Report of an investigation into the causes of the diseases known in Assam as Kála-Azár and Beri-Beri
Disease focus: Beri-Beri
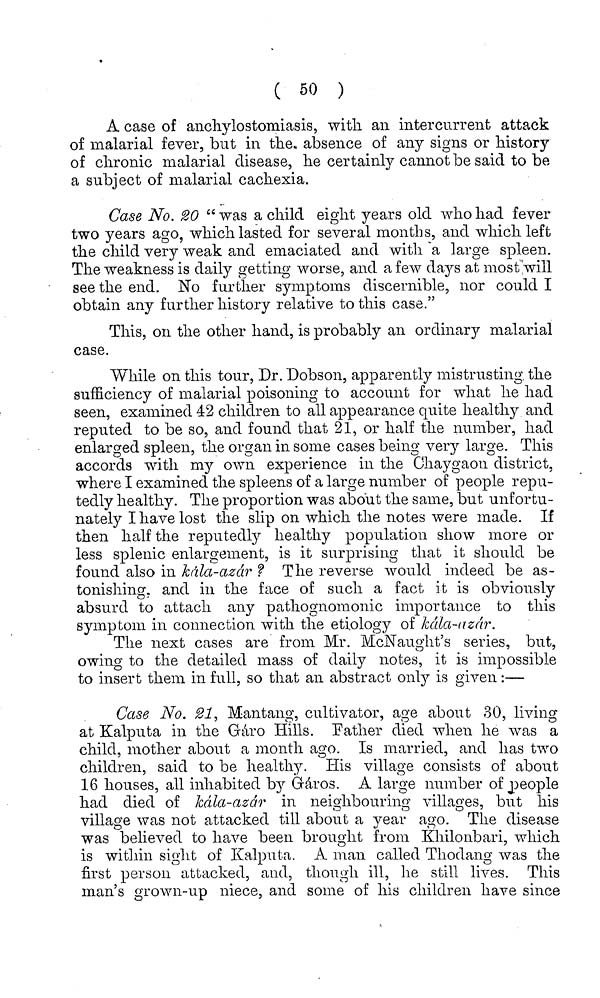
( 50 )
A case of anchylostomiasis, with an intercurrent attack
of malarial fever, but in the. absence of any signs or history
of chronic malarial disease, he certainly cannot be said to be
a subject of malarial cachexia.
Case No. 20 " was a child eight years old who had fever
two years ago, which lasted for several months, and which left
the child very weak and emaciated and with a large spleen.
The weakness is daily getting worse, and a few days at most will
see the end. No further symptoms discernible, nor could I
obtain any further history relative to this case."
This, on the other hand, is probably an ordinäry malarial
case.
While on this tour, Dr. Dobson, apparently mistrusting the
sufficiency of malarial poisoning to account for what he had
seen, examined 42 children to all appearance quite healthy and
reputed to be so, and found that 21, or half the number, had
enlarged spleen, the organ in some cases being very large. This
accords with my own. experience in the Chaygaon district,
where I examined the spleens of a large number of people repu-
tedly healthy. The proportion was about the same, but unfortu-
nately I have lost the slip on which the notes were made. If
then half the reputedly healthy population show more or
less splenic enlargement, is it surprising that it should be
found also in kála-azár ? The reverse would indeed be as-
tonishing, and in the face of such a fact it is obviously
absurd to attach any pathognomonic importance to this
symptom in connection with the etiology of kála-azár.
The next cases are from Mr. McNaught's series, but,
owing to the detailed mass of daily notes, it is impossible
to insert them in full, so that an abstract only is given:—
Case No. 21. Mantang, cultivator, age about 30, living
'
o ·*
*
o
O
at Kalputa in the Gáro Hills. Father died when he was a
child, mother about a month ago. Is married, and has two
children, said to be healthy. His village consists of about
16 houses, all inhabited by Gáros. A large number of people
had died of kála-azár in neighbouring villages, but his
O
O
O
village was not attacked till about a year ago. The disease
was believed to have been brought from Khilonbari, which
is within sight of Kalputa. A man called Thodang was the
first person attacked, and, though ill, he still lives. This
man's grown-up niece, and some of his children have since